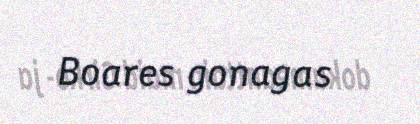
Boares gonagas